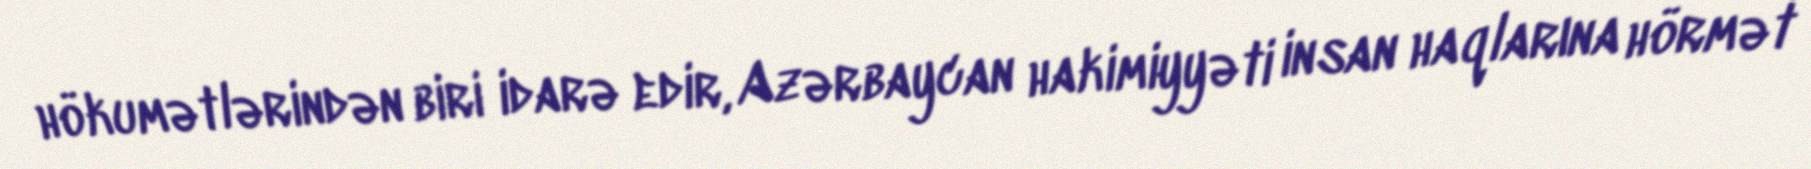
hökumətlərindən biri idarə edir, Azərbaycan hakimiyyəti insan haqlarına hörmət